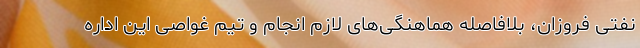
نفتی فروزان، بلافاصله هماهنگی‌های لازم انجام و تیم غواصی این اداره